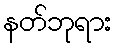
နတ်ဘုရား